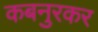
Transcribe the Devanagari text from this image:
कबनुरकर